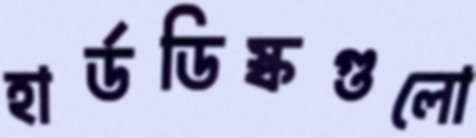
হার্ডডিস্কগুলো